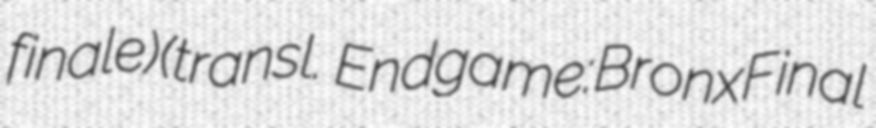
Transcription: finale) (transl. Endgame: Bronx Final